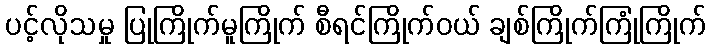
ပင့်လိုသမှု ပြုကြိုက်မူကြိုက် စီရင်ကြိုက်ဝယ် ချစ်ကြိုက်ကြုံကြိုက်